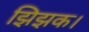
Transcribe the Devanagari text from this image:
झिझक।